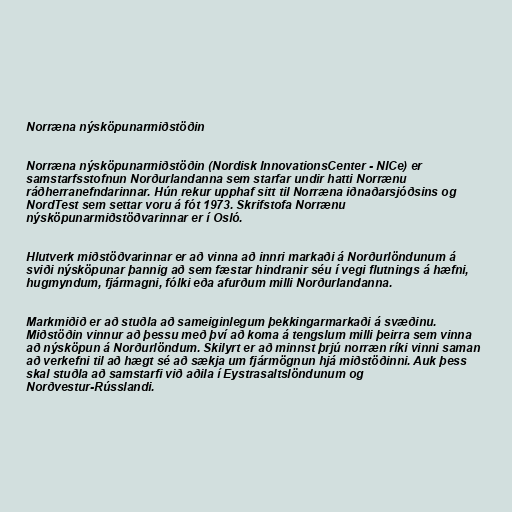
Norræna nýsköpunarmiðstöðin

Norræna nýsköpunarmiðstöðin (Nordisk InnovationsCenter - NICe) er
samstarfsstofnun Norðurlandanna sem starfar undir hatti Norrænu
ráðherranefndarinnar. Hún rekur upphaf sitt til Norræna iðnaðarsjóðsins og
NordTest sem settar voru á fót 1973. Skrifstofa Norrænu
nýsköpunarmiðstöðvarinnar er í Osló.

Hlutverk miðstöðvarinnar er að vinna að innri markaði á Norðurlöndunum á
sviði nýsköpunar þannig að sem fæstar hindranir séu í vegi flutnings á hæfni,
hugmyndum, fjármagni, fólki eða afurðum milli Norðurlandanna.

Markmiðið er að stuðla að sameiginlegum þekkingarmarkaði á svæðinu.
Miðstöðin vinnur að þessu með því að koma á tengslum milli þeirra sem vinna
að nýsköpun á Norðurlöndum. Skilyrt er að minnst þrjú norræn ríki vinni saman
að verkefni til að hægt sé að sækja um fjármögnun hjá miðstöðinni. Auk þess
skal stuðla að samstarfi við aðila í Eystrasaltslöndunum og
Norðvestur-Rússlandi.